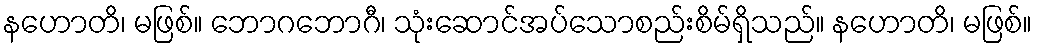
နဟောတိ၊ မဖြစ်။ ဘောဂဘောဂီ၊ သုံးဆောင်အပ်သောစည်းစိမ်ရှိသည်။ နဟောတိ၊ မဖြစ်။